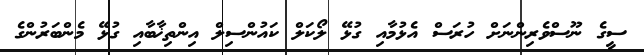
ސީގެ ނޫސްވެރިންނަށް ހުރަސް އެޅުމާއި ގުޅޭ ލޯކަލް ކައުންސިލް އިންތިޚާބާއި ގުޅޭ މެންބަރުންގެ